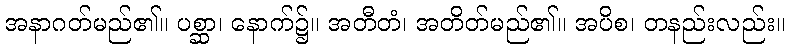
အနာဂတ်မည်၏။ ပစ္ဆာ၊ နောက်၌။ အတီတံ၊ အတိတ်မည်၏။ အပိစ၊ တနည်းလည်း။